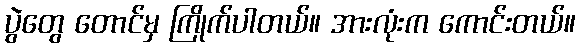
ပွဲတွေ တောင်မှ ကြိုက်ပါတယ်။ အားလုံးက ကောင်းတယ်။